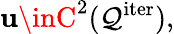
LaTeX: \mathbf{u}\inC^{2}(\mathcal{{Q}}^{\mathrm{{iter}}}),